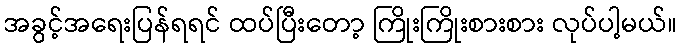
အခွင့်အရေးပြန်ရရင် ထပ်ပြီးတော့ ကြိုးကြိုးစားစား လုပ်ပါ့မယ်။